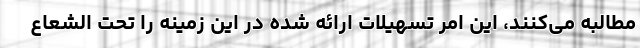
مطالبه می‌کنند، این امر تسهیلات ارائه شده در این زمینه را تحت الشعاع